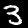
Digit: 3